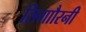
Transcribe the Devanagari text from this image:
सिगाौरनी